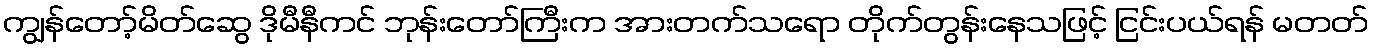
ကျွန်တော့်မိတ်ဆွေ ဒိုမီနီကင် ဘုန်းတော်ကြီးက အားတက်သရော တိုက်တွန်းနေသဖြင့် ငြင်းပယ်ရန် မတတ်